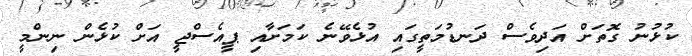
ކުޅުނު ގޮތަށް އަދިވެސް ދަނޑުމަތީގައި އުޅެވޭނެ ކަމަށާއި ޕީއެސްޖީ އަށް ކުޅެން ނިންމީ